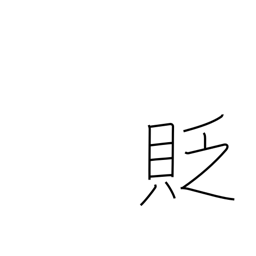
Meaning: belittle